Report on lock hospitals in British Burma
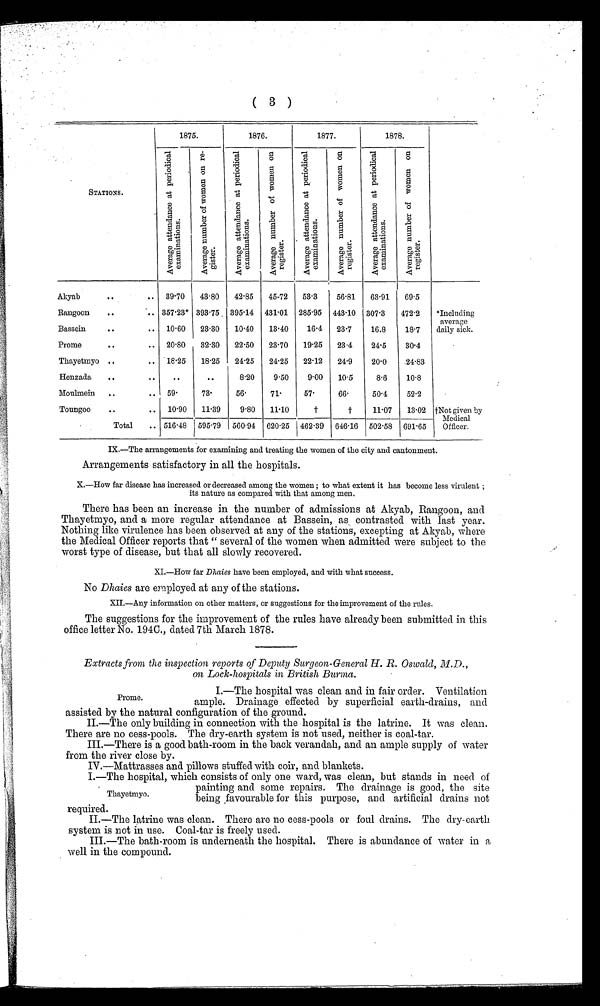
( 3 )
STATIONS.
1875.
1876.
1877.
1878.
A v e r a g e a t t e n d a n c e a t p e r i o d i c a l e x a m i n a t i o n s .
A v e r a g e n u m b e r o f w o m e n o n r e g i s t e r .
A v e r a g e a t t e n d a n c e a t p e r i o d i c a l e x a m i n a t i o n
A v e r a g e n u m b e r o f w o m e n o n r e g i s t e r .
A v e r a g e a t t e n d a n c e a t p e r i o d i c a l e x a m i n a t i o n s .
A v e r a g e n u m b e r o f w o m e n o n r e g i s t e r .
A v e r a g e a t t e n d a n c e a t p e r i o d i c a l e x a m i n a t i o n s .
A v e r a g e n u m b e r o f w o m e n o n r e g i s t e r .
Akyab
..
.. 39.70
43.80
42.85
45.72
53.3
56.81
63.91
69.5
*Including
average
daily sick.
Rangoon
..
.. 357.23* 393.75. 395.14 431.01 285.95 443.10 307.3
472.2
Bassein
..
.. 10.60
23.30
10.40
13.40
16.4 23.7
16.8
18.7
Prome
..
.. 20.80
32.30
22.50 23.70
19.25
23.4
24.5
30.4
+Not given by
Medical
Officer.
Thayetmyo ..
.. 18.25
18.25
24.25
24.25
22.12
24.9
20.0
.24.83
Henzada
..
..
..
..
8.20
9.50
9.00
10.5
8.6
10.8
Moulmein ..
.. 59.
73.
56.
71.
57.
66.
50.4
52.2
Toungoo
..
.. 10.90 11.39
9.80
11.10
+
+
11.07
13.02
Total
.. 516.48 595.79 560.94 620.25 462.39 646.16 502.58 691.65
IX.—The arrangements for examining and treating the women of the city and cantonment.
Arrangements satisfactory in all the hospitals.
X.—How far disease has increased or decreased among the women ; to what extent it has become less virulent ;
its nature as compared with that among men.
There has been an increase in the number of admissions at Akyab, Rangoon, and
Thayetmyo, and a more regular attendance at Bassein, as contrasted with last year.
Nothing like virulence has been observed at any of the stations, excepting at Akyab, where
the Medical Officer reports that " several of the women when admitted were subject to the
worst type of disease, but that all slowly recovered.
XI.—How far Dhaies have been employed, and with what success.
No Dhaies are employed at any of the stations.
XII—Any information on other matters, or suggestions for the improvement of the rules.
The suggestions for the improvement of the rules have already been submitted in this
office letter No. 194C., dated 7th March 1878.
Extracts from the inspection reports of Deputy Surgeon-General H. R. Oswald, M.D.,
on Lock-hospitals in British Burma.
I.-The hospital was clean and in fair order. Ventilation
ample. Drainage effected by superficial earth-drains, and
assisted by the natural configuration of the ground.
II.—The only building in connection with the hospital is the latrine. It was clean.
There are no cess-pools. The dry-earth system is not used, neither is coal-tar.
III.—There is a good bath-room in the back verandah, and an ample supply of water
from the river close by.
IV—Mattrasses and pillows stuffed with coir, and blankets.
I—The hospital, which consists of only one ward, was clean, but stands in need of
painting and some repairs. The drainage is good, the site
being favourable for this purpose, and artificial drains not
required.
II.—The latrine was clean. There are no cess-pools or foul drains. The dry-earth
system is not in use. Coal-tar is freely used.
III—The bath-room is underneath the hospital. There is abundance of water in a
well in the compound.
Prome.